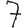
Digit: 7